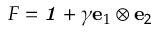
{ \boldsymbol { F } } = { \boldsymbol { \mathit { 1 } } } + \gamma \mathbf { e } _ { 1 } \otimes \mathbf { e } _ { 2 }